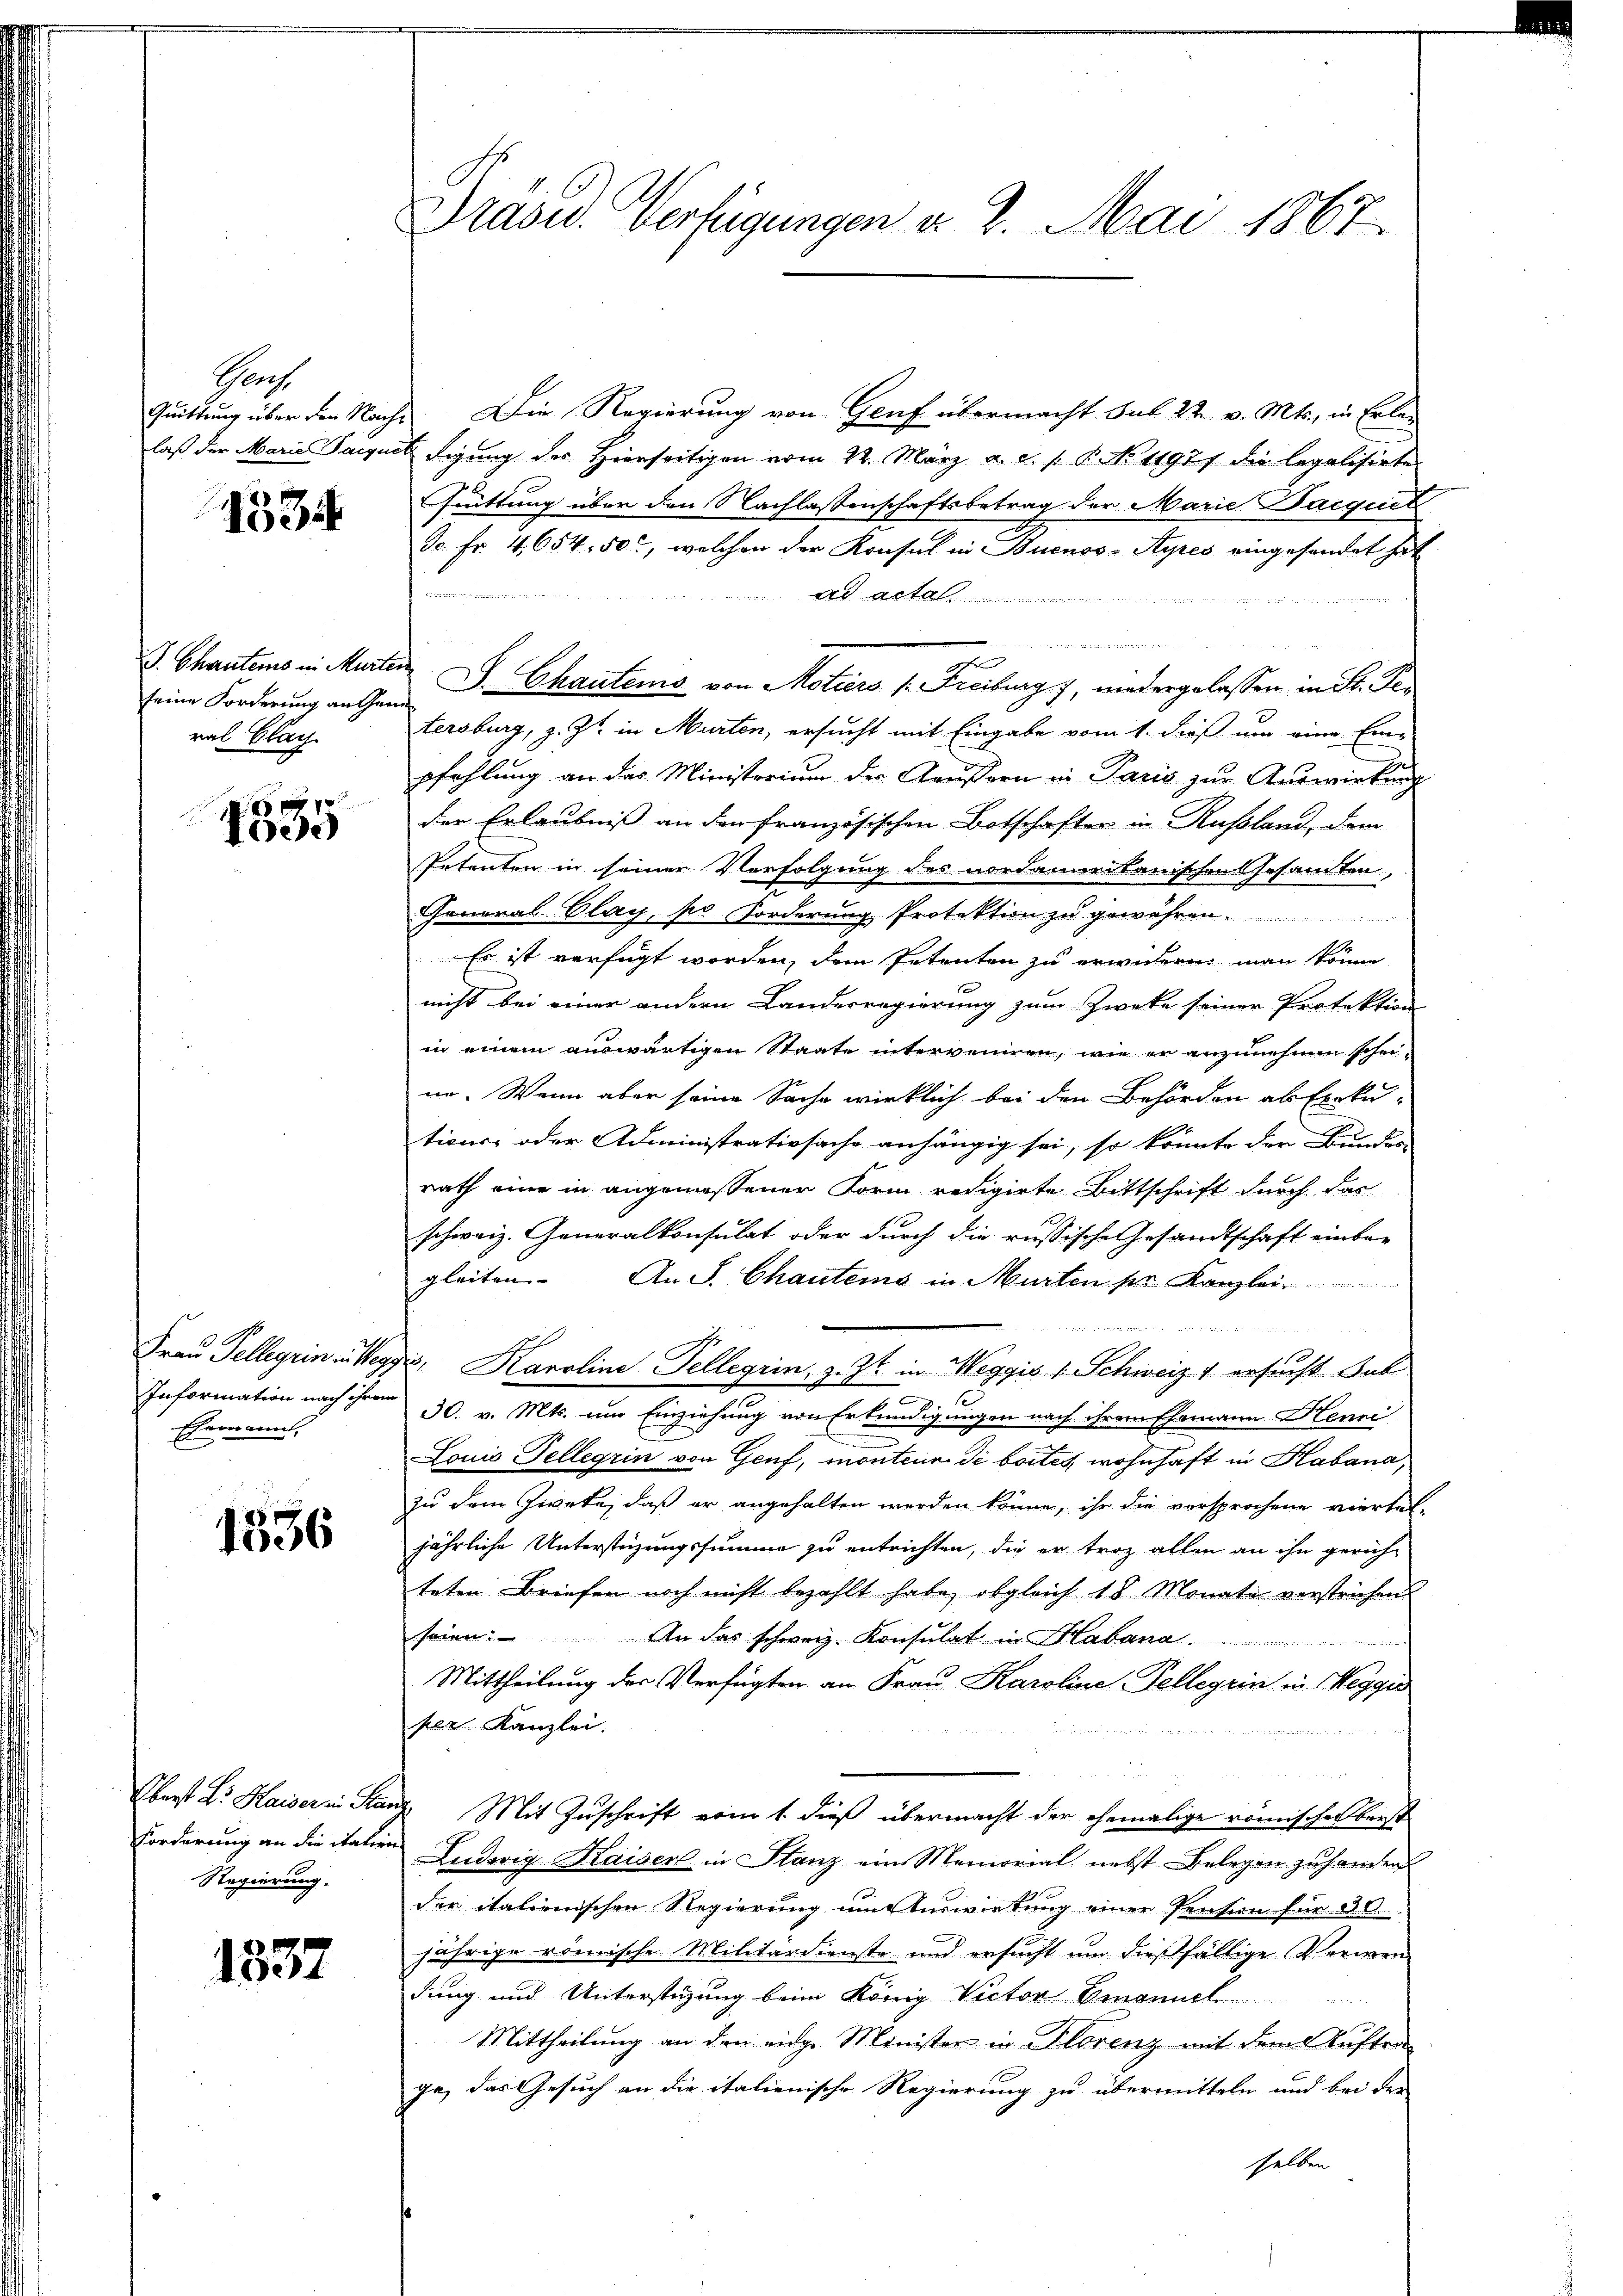
Gaus

1534

seine Forderung an Gan
ral Blach

7
1000

Information nach ihrem
Ehemann,
e

1536

Regierung.

1337

Präsid. Verfügungen d. 2. Mai 1867.

Quittung über den Nachs Die Regierung von Genf übermacht sub 22 v. Mts., in Erlelaß der Marie Parquet digung der Hierseitigen vom 22. März a. c. s. B. No 11971 die legalisirte
Guittung über den Nachlassenschaftsbetrag der Marie Dacquit
Dr. Fr. 4, 654. 50, welchen der Konsul in Buenos-Ayres eingesendet hat

ad acta
.
J. Chauterns in Murter J. Chautems von Motiers /: Freiburg 7, niedergelassen in St. Petersburg, z. Zt. in Murten, ersucht mit Eingabe vom 1. dieß um eine Ein-
pfehlung an das Ministorium der Aeussern in Paris zur Auswirkung
der Erlaubniß an der französischen Botschaften in Russland, dem
Petenten in seiner Verfolgung des nordammeitanischen Gesamten,
General-Clag, so Forderung Protektion zu gewähren.
Es ist verfügt worden, dem Petenten zu erwidern man könne
nicht bei einer andern Landesregierung zum Zwecke seiner Protektion
in einem auswärtigen Staate interrennen, wie er anzunehmen scheine. Wenn aber seine Sache wirklich bei den Behörden als Exekutions- oder Administrativsache anhängig sei, so könnte der Bundes- |
rath eine in angemessener Form redigirte Bittschrift durch das
schweiz. Generalkonsulat oder durch die russische Gesandtschaft einba-
gleiten. An J. Chautems in Murten pr. Kanzlei

Frau Telleyrin in Weg, Karolina Tellegrin, z. Zt. in Weggis 1 Schweiz 1 ersucht Sub
30. v. Mts. um Einziehung von Erkundigungen nach ihrem Ehemann Henri
Louis Tellegrin von Genf, monteur di bottes, wohnhaft in Habana,
zu dem Zwete, daß er angehalten werden könne, ihr die versprochene viertel-
jährliche Unterstüzungssumme zu entrichten, die er troz allen an ihn gerich-
teten Briefen noch nicht bezahlt habe, obgleich 18 Monate verstrichen
seien: An das schweiz. Konsulat in aband
Mittheilung der Verfügten an Frau Karoline Tellegerin in Weggis
per Kanzlei.
Oberst Dr. Kaiser in Stanz Mit Zuschrift vom 1. dieß übermacht der ehemalige römischen berst
Forderung an die italien Ludwig Kaiserl in Stanz ein Memorial nebst Belegen zu handen
der italienischen Regierung um Auswirkung einer Pension für 30.
jährige römische Militärdienste und ersucht um dießfällige Verwen-
dung und Unterstüzung beim König Victor Emanuel
Mittheilung an den eidge Minister in Florenz mit dem Auftrage, das Gesuch an die italienische Regierung zu übermitteln und bei der
selben